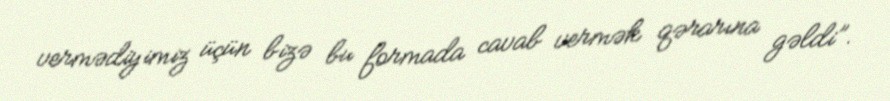
vermədiyimiz üçün bizə bu formada cavab vermək qərarına gəldi”.